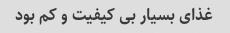
غذای بسیار بی کیفیت و کم بود